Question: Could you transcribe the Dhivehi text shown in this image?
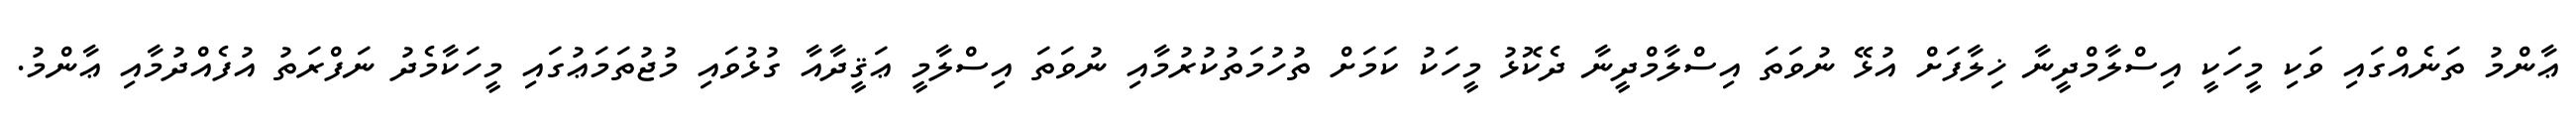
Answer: ޢާންމު ތަނެއްގައި ވަކި މީހަކީ އިސްލާމްދީނާ ޚިލާފަށް އުޅޭ ނުވަތަ އިސްލާމްދީނާ ދެކޮޅު މީހަކު ކަމަށް ތުހުމަތުކުރުމާއި ނުވަތަ އިސްލާމީ ޢަޤީދާއާ ގުޅުވައި މުޖުތަމަޢުގައި މީހަކާމެދު ނަފްރަތު އުފެއްދުމާއި ޢާންމު.